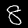
Label: 8